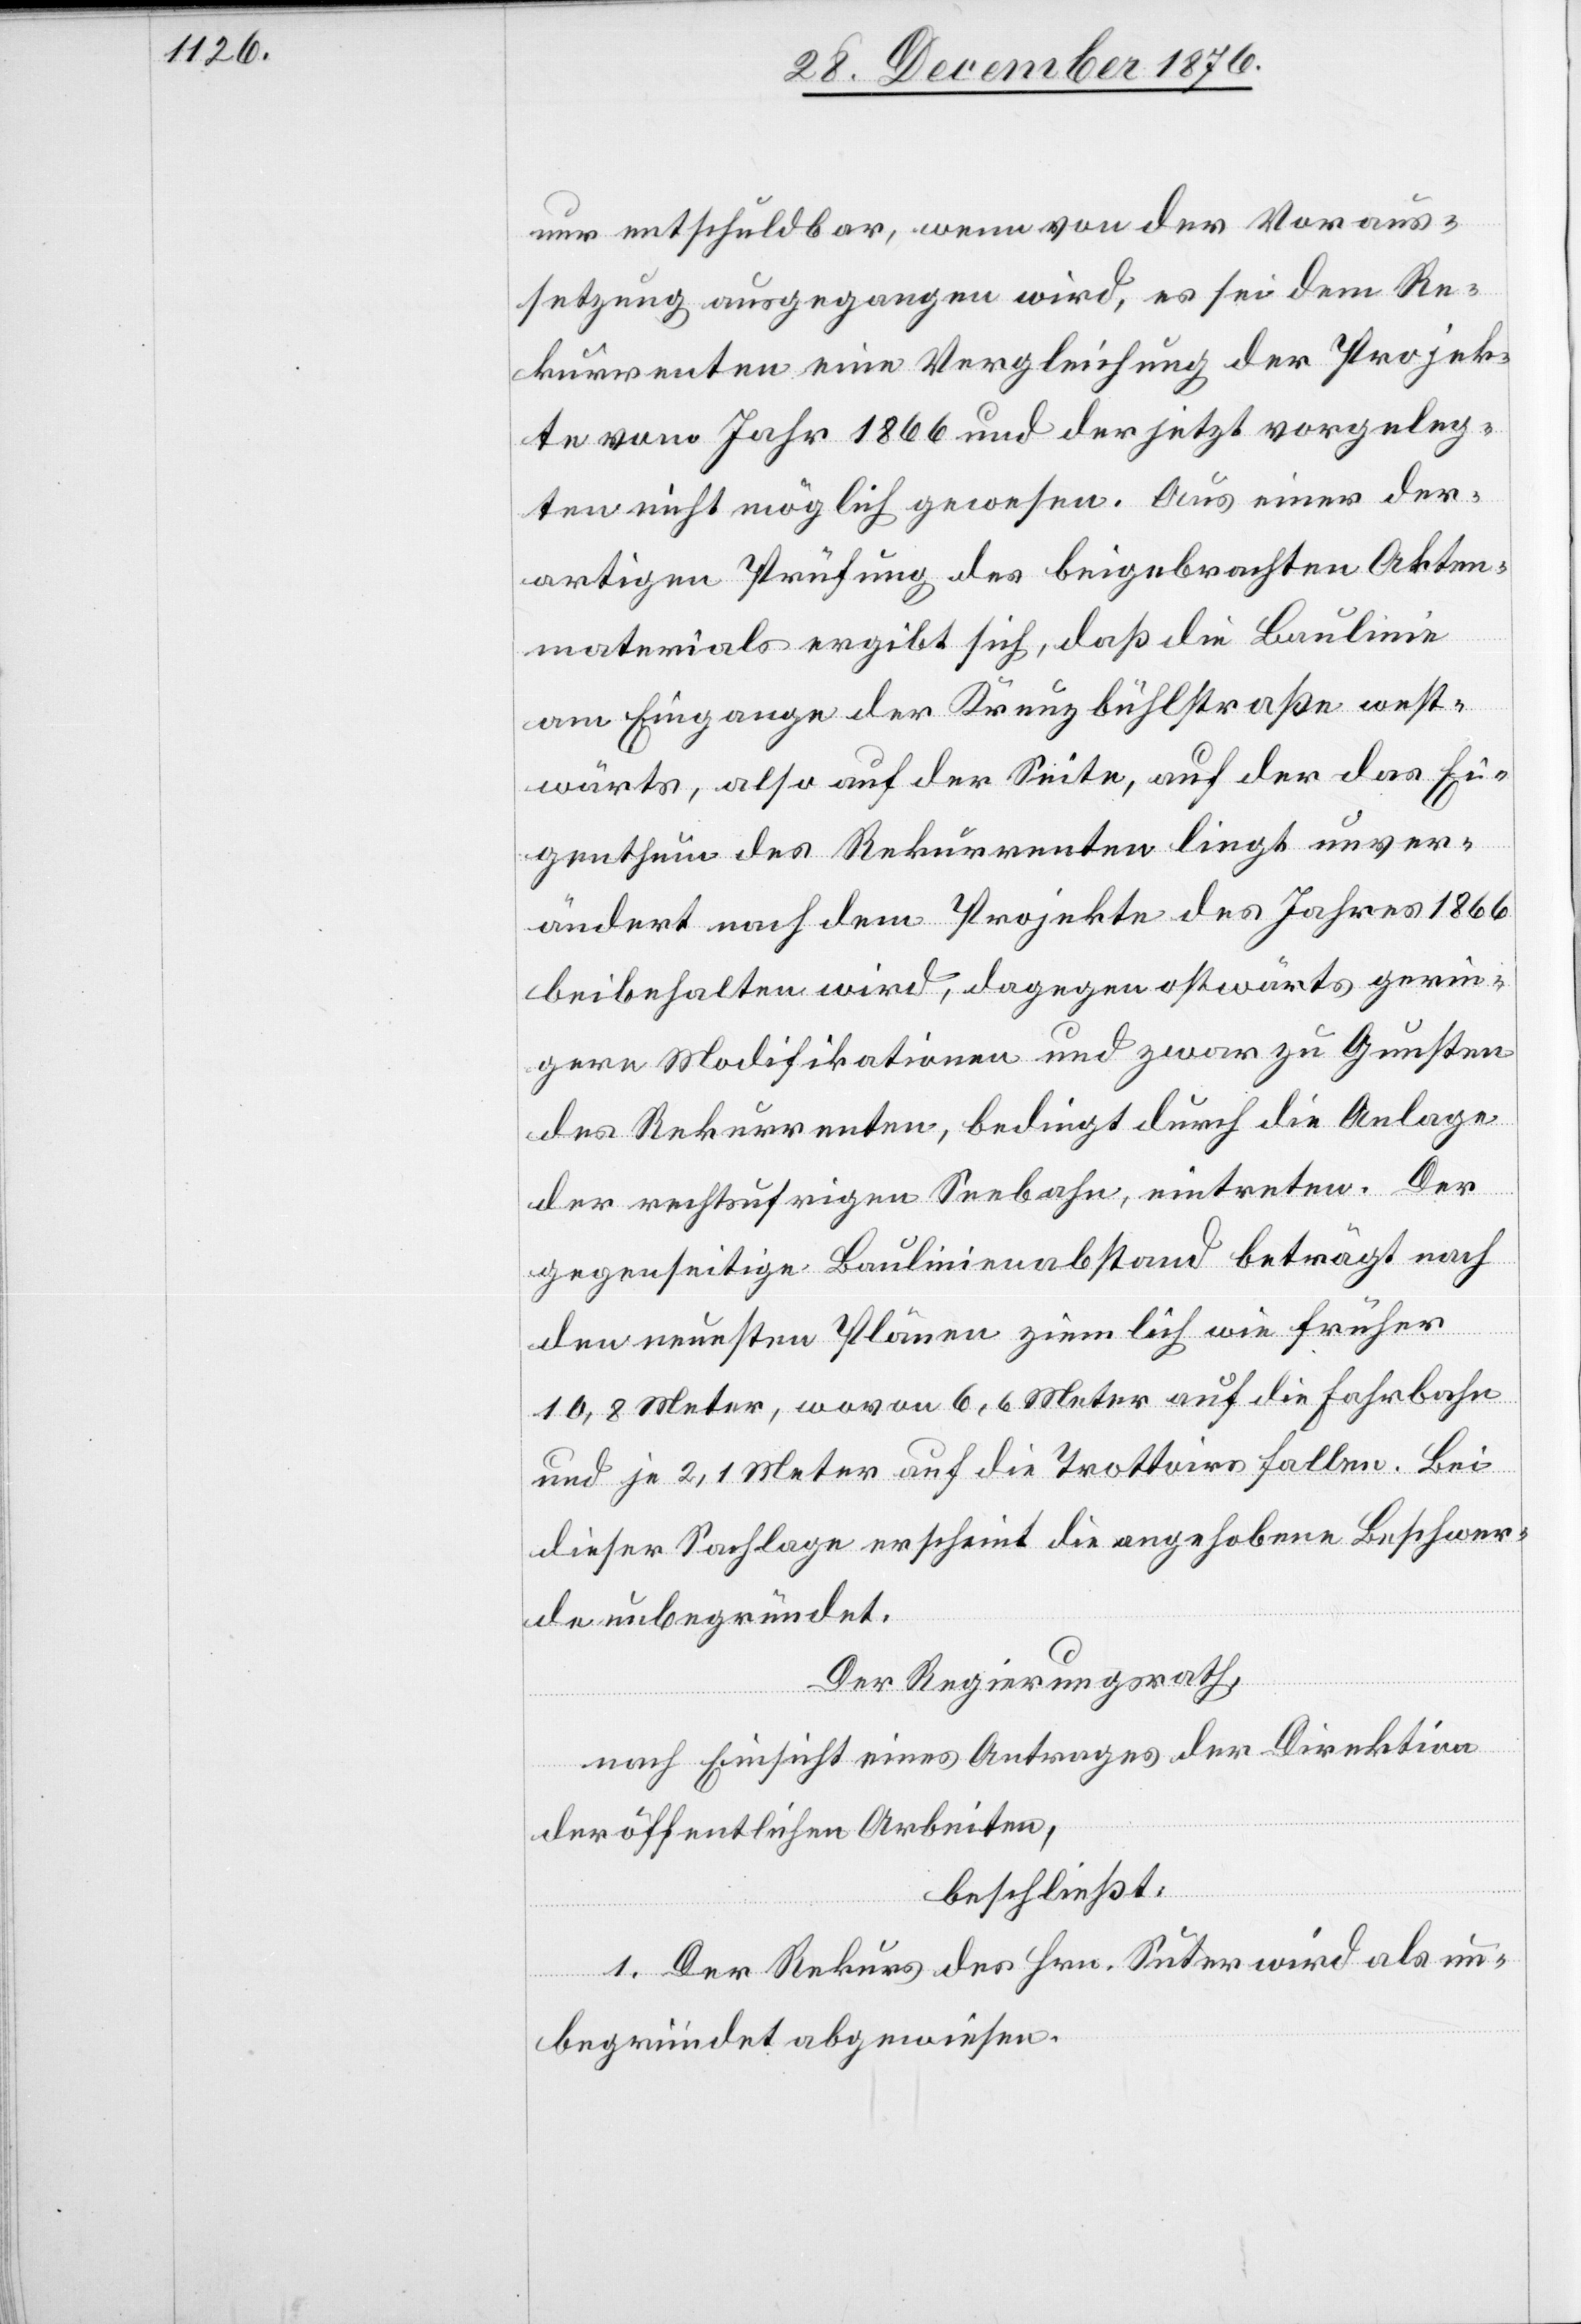
nur entschuldbar, wenn von der Voraus¬
setzung ausgegangen wird, es sei dem Re¬
kurrenten eine Vergleichung der Projek¬
te vom Jahr 1866 und der jetzt vorgeleg¬
ten nicht möglich gewesen. Aus einer der¬
artigen Prüfung des beigebrachten Akten¬
materials ergibt sich, daß die Baulinie
am Eingabe der Kreuzbühlstraße west¬
wärts, also auf der Seite, auf der das Ei¬
genthum des Rekurrenten liegt unver¬
ändert nach dem Projekte des Jahres 1866
beibehalten wird, dagegen ostwärts gerin¬
gere Modifikationen und zwar zu Gunsten
des Rekurrenten, bedingt durch die Anlage
der rechtsufrigen Seebahn, eintreten. Der
gegenseitige Baulinienabstand beträgt nach
den neuesten Plänen ziemlich wie früher
10,8 Meter, wovon 6,6 Meter auf die Fahrbahn
und je 2,1 Meter auf die Trottoirs fallen. Bei
dieser Sachlage erscheint die angehobene Beschwer¬
de unbegründet.
Der Regierungsrath,
nach Einsicht eines Antrages der Direktion
der öffentlichen Arbeiten,
beschließt:
1. Der Rekurs des Hrn. Suter wird als un¬
begründet abgewiesen.